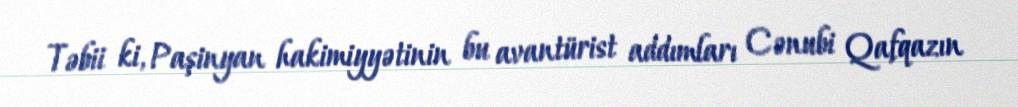
Təbii ki, Paşinyan hakimiyyətinin bu avantürist addımları Cənubi Qafqazın